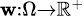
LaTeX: \scriptstyle\mathbf{w}\colon\Omega\to\mathbb{{R}}^{+}